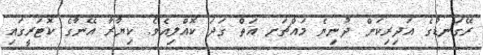
ރޭގަނޑުގެ އަދިރިކަން ދުނިޔެ މައްޗަށ އަތް ގަދަ ކޮއްލިއެވެ. ކިޔާރާ އޭނާގެ ކޮޓަރީގައި